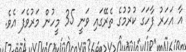
އާ އަހަރު ފާހަގަ ކުރުމުގެ ތެރޭގައި ވަނީ 35 މީހުން މަރުވެފަ އެވެ.